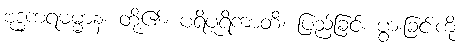
ဗုဒ္ဓကရဓမ္မာနံ၊ တို့၏။ ပရိပူရိကာတိ၊ ပြည့်ခြင်း ပွားခြင်းကို